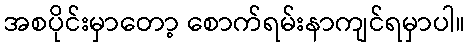
အစပိုင်းမှာတော့ စောက်ရမ်းနာကျင်ရမှာပါ။